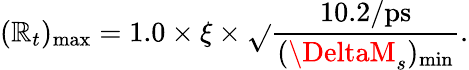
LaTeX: (\mathbb{R}_{t})_{\mathrm{{max}}}=1.0\times\xi\times\sqrt{}{{\frac{{10.2/\mathrm{{ps}}}}{{(\DeltaM_{s})_{\mathrm{{min}}}}}}}.